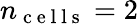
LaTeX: n_{\mathrm{~c~e~l~l~s~}}=2